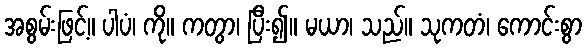
အစွမ်းဖြင့်။ ပါပံ၊ ကို။ ကတွာ၊ ပြီး၍။ မယာ၊ သည်။ သုကတံ၊ ကောင်းစွာ